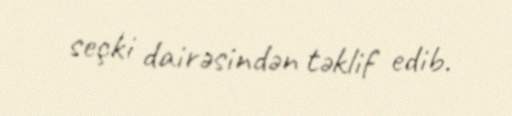
seçki dairəsindən təklif edib.